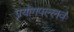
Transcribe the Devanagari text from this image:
प्रयोगपल्लवः